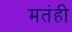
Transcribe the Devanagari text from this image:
मतंही